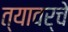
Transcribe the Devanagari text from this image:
त्यावर्चे